Punjab Mental Hospital Lahore 1932-46 - 1932-1946
Year: 1932
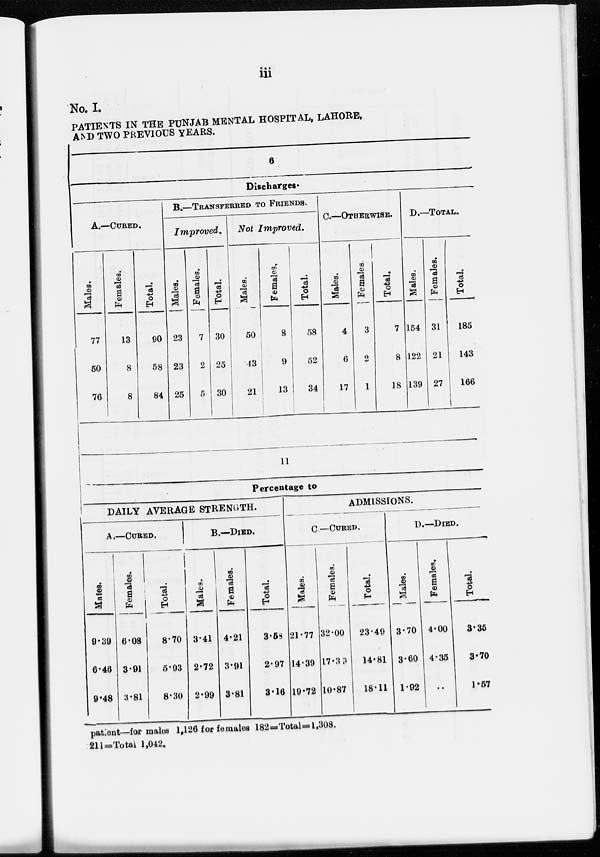
iii
No. I.
PATIENTS IN THE PUNJAB MENTAL HOSPITAL, LAHORE,
AND TWO PREVIOUS YEARS.
6
Discharges.
A.—CURED.
Males.
77
50
76
Females.
13
8
8
Total.
90
58
84
B.—TRANSFERRED TO FRIENDS.
Improved.
Males.
23
23
25
Females.
7
2
5
Total.
30
25
30
Not
Improved.
Males.
50
43
21
Females.
8
9
13
Total.
58
52
34
C.—OTHERWISE.
Males.
4
6
17
Females.
3
2
1
Total.
7
8
18
D.—TOTAL.
Males.
154
122
139
Females.
31
21
27
Total.
185
143
166
11
Percentage to
DAILY AVERAGE STRENGTH.
A.—CURED.
Males.
9.39
6.46
9.48
Females.
6.08
3.91
3.81
Total.
8.70
5.93
8.30
B.—DIED.
Males.
3.41
2.72
2.99
Females.
4.21
3.91
3.81
Total.
3.58
2.97
3.16
ADMISSIONS.
C—CURED.
Males.
21.77
14.39
19.72
Females.
32.00
17.39
10.87
Total.
23.49
14.81
18.11
D.—DIED.
Males.
3.70
3.60
1.92
Females.
4.00
4.35
..
Total.
3.36
3.70
1.57
patient—for males 1,126 for females 182=Total =1,308.
211=Total 1,042.